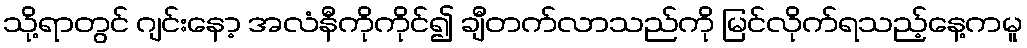
သို့ရာတွင် ဂျင်းနော့ အလံနီကိုကိုင်၍ ချီတက်လာသည်ကို မြင်လိုက်ရသည့်နေ့ကမူ